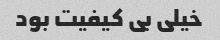
خیلی بی کیفیت بود